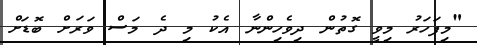
"މިފަހަރު މިވީ ގޮތުން ދިވެހިންނާ އެކު މި ދެ މަސް ވަރަށް ބޮޑަށް